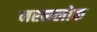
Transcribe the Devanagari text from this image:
नरकलोक